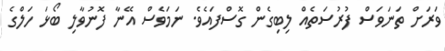
ވަރަށް ތަނަވަސް ފުރުސަތެއް ލިބިގެން ގޮސްފައެވެ. ނަމަވެސް އޭނާ ފޮނުވާލި ބޯޅަ ހަލްގެ